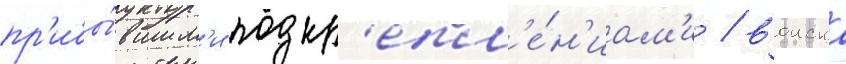
пр'ибы́вшим'и подкр'епл'е́н'иам'и / воиска